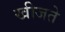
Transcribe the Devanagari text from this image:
खीजते